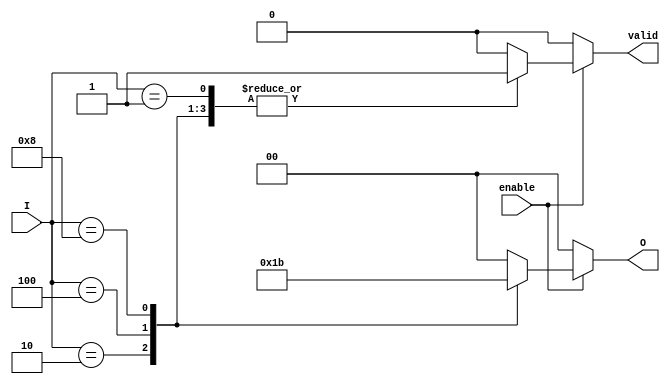
module binary_encoder (
    input wire [3:0] I,      // 4 input lines (I0 to I3)
    input wire enable,       // Enable input
    output reg [1:0] O,      // 2 output lines (O0, O1)
    output reg valid         // Valid output flag
);

always @(*) begin
    if (!enable) begin
        O = 2'b00;  // If not enabled, output is 00
        valid = 1'b0; // Invalid state
    end else begin
        case (I)
            4'b0001: begin O = 2'b00; valid = 1'b1; end // I0 is active
            4'b0010: begin O = 2'b01; valid = 1'b1; end // I1 is active
            4'b0100: begin O = 2'b10; valid = 1'b1; end // I2 is active
            4'b1000: begin O = 2'b11; valid = 1'b1; end // I3 is active
            default: begin O = 2'b00; valid = 1'b0; end // No valid input
        endcase
    end
end

endmodule